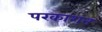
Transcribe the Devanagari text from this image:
परकाशन